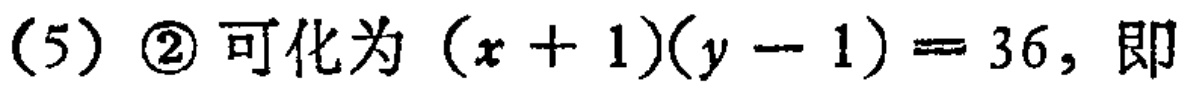
(5) \textcircled{2}可化为\((x + 1)(y - 1)=36\)，即